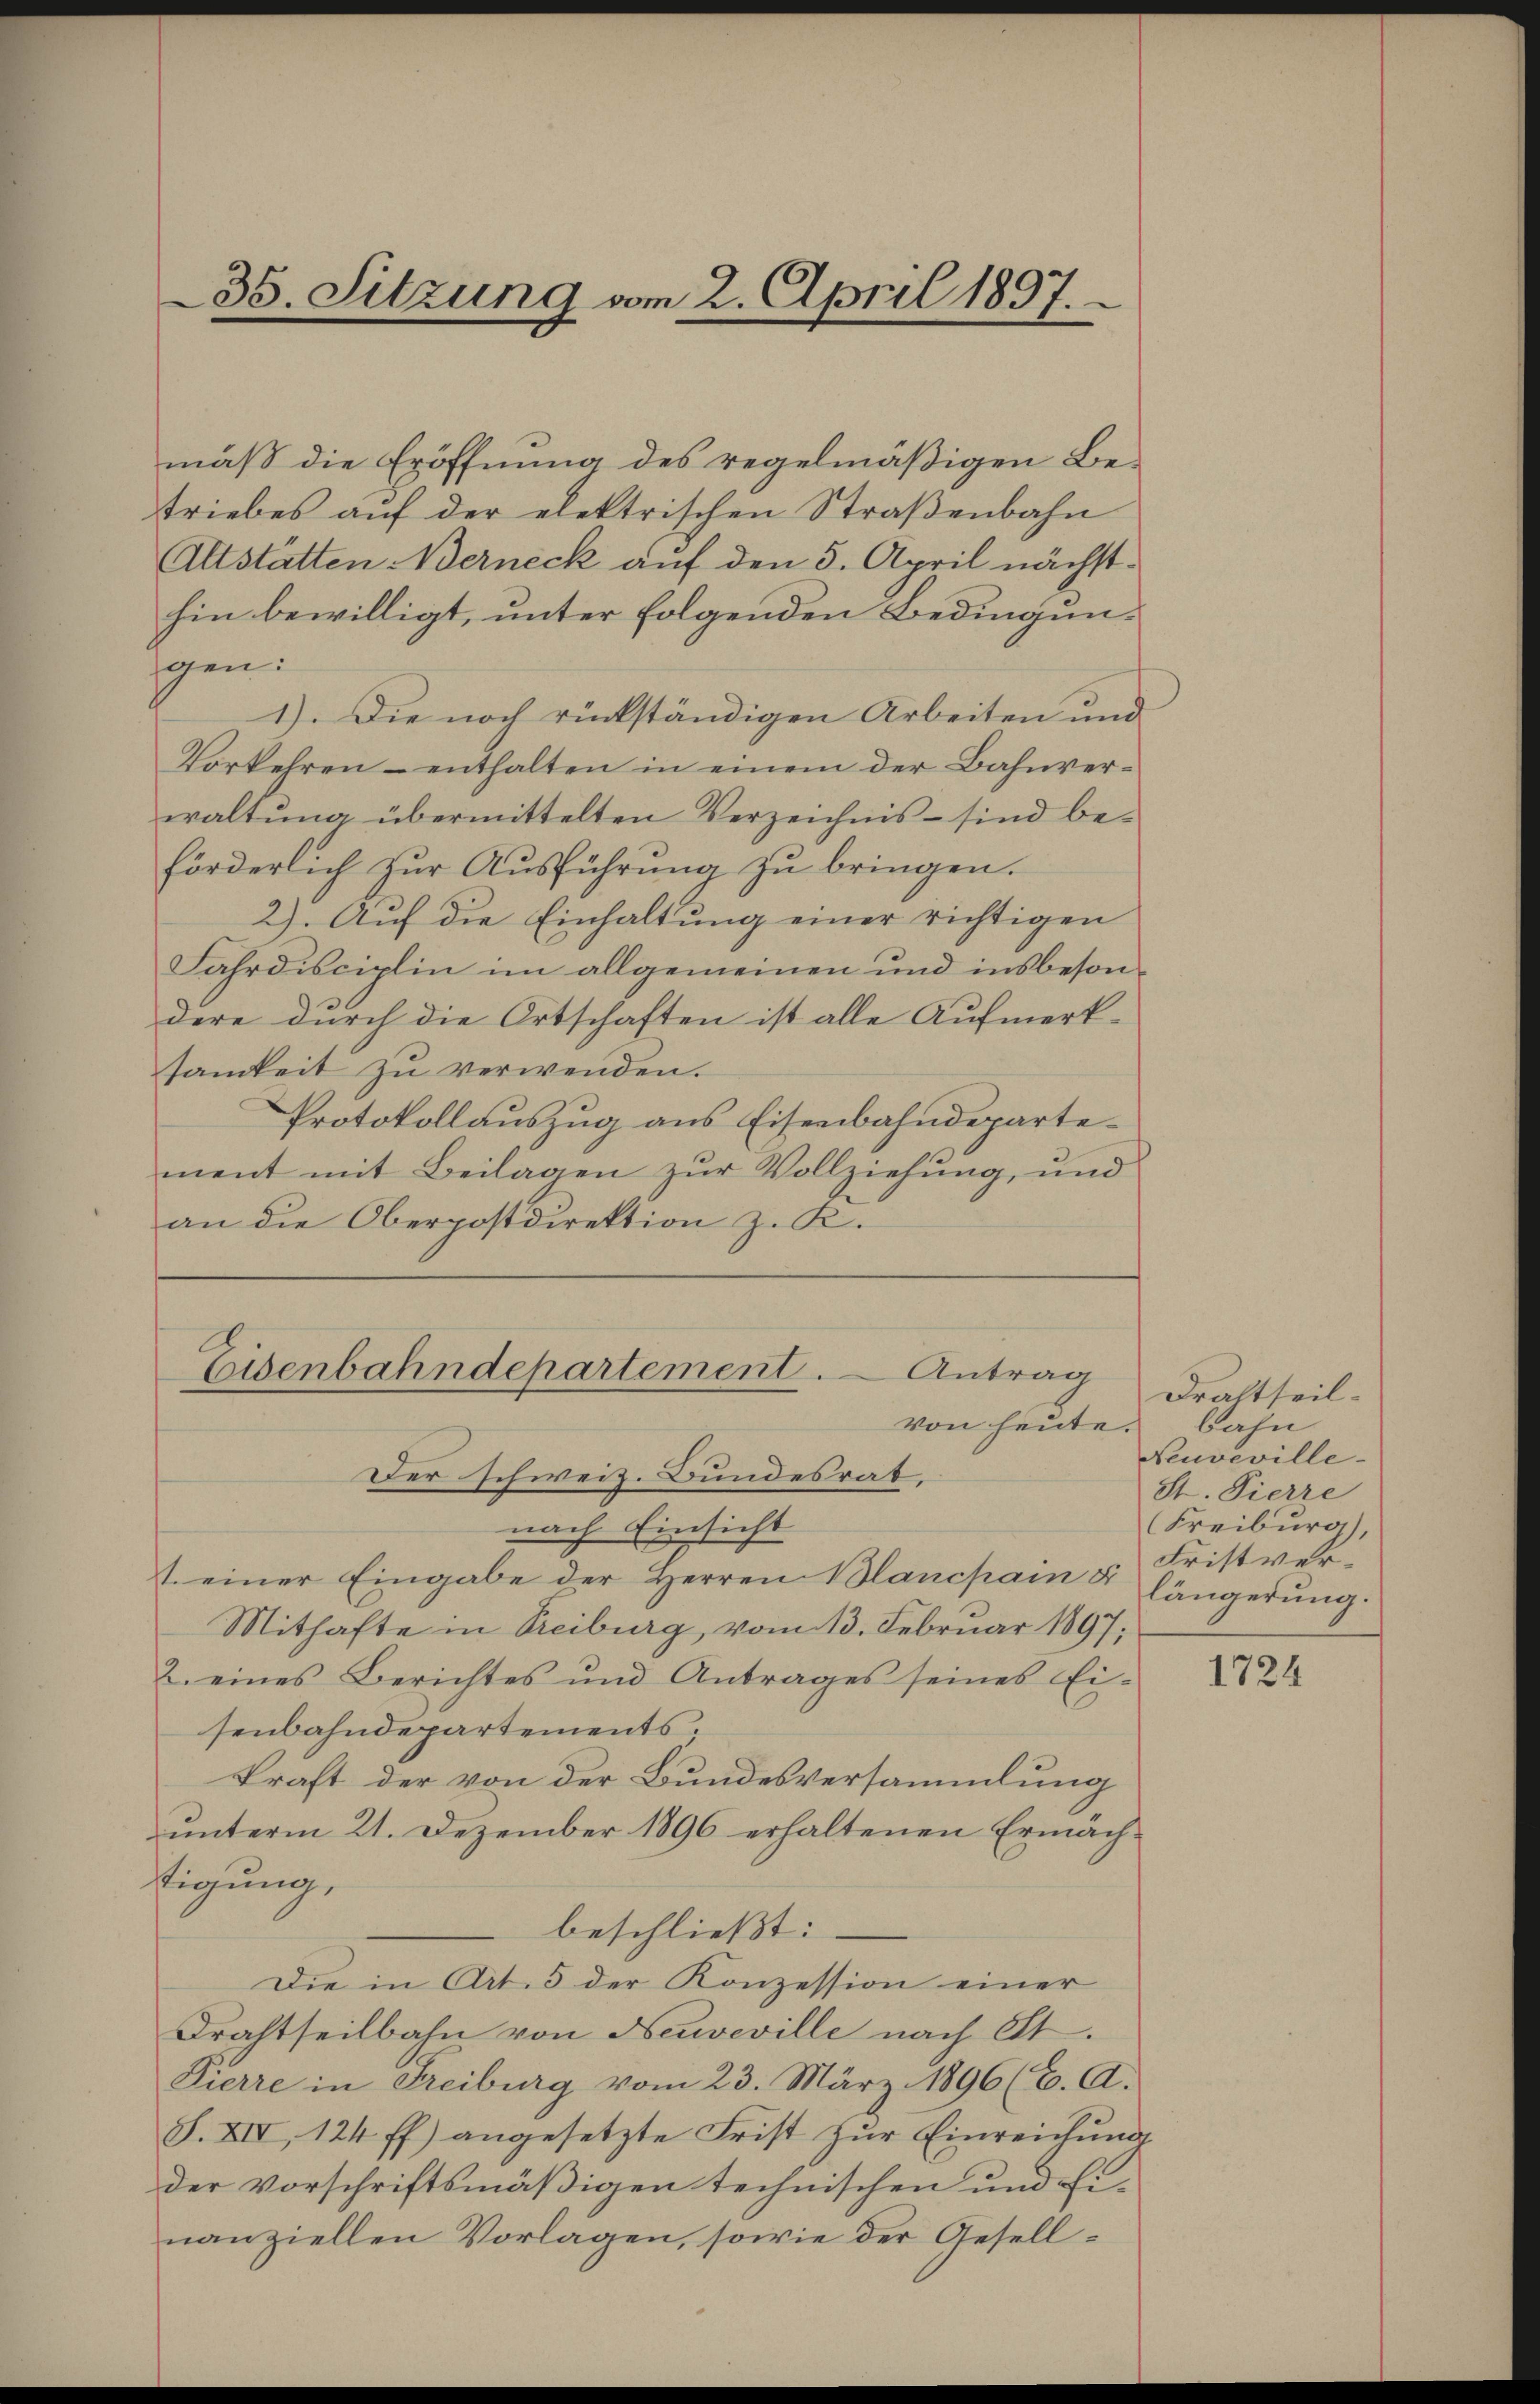
mäß die Eröffnung des regelmäßigen Betriebes auf der elektrischen Straßenbahn
Altstätten Berneck auf den 5. April nächsthin bewilligt, unter folgenden Bedingungen:
1). Die noch rückständigen Arbeiten und
Vorkehren enthalten in einem der Bahnver-
waltŭng übermittelten Verzeichnis sind be-
förderlich zur Ausführung zu bringen.
2). Auf die Einhaltung einer richtigen
Fahrdisciplin im allgemeinen und insbesondere durch die Ortschaften ist alle Aufmerk-
samkeit zŭ verwenden.
Protokollauszug aus Eisenbahndepartement mit Beilagen zŭr Vollziehung, und
an die Oberpostdirektion z. K.

35. Sitzung vom 2. April 1897.

Eisenbahndepartement.
Antrag
von heute.

Der schweiz. Bundesrat,
nach Einsicht
t. einer Eingabe der Herren Blancpain & längerung
Mithafte in Treiburg, vom 13. Februar 1897;
2. eines Berichtes und Antrages seines Ei-
senbahndepartements,
kraft der von der Bundesversammlung
ŭnterm 21. Dezember 1896 erhaltenen Ermäch-
tigung,
beschließt:
Die in Art. 5 der Konzession einer
Drahtseitbahn von Neuveville nach St.
Pierre in Freiburg vom 23. März 1896 (E. A.
S. XIV 124 ff.) angesetzte Frist zur Einreichung
der vorschriftsmäßigen technischen und Ei
nanziellen Vorlagen, sowie der Gesell¬

Draltheil.
bahn
Neuveville-
St. Pierre
Freiburg),
Fristver¬

1724